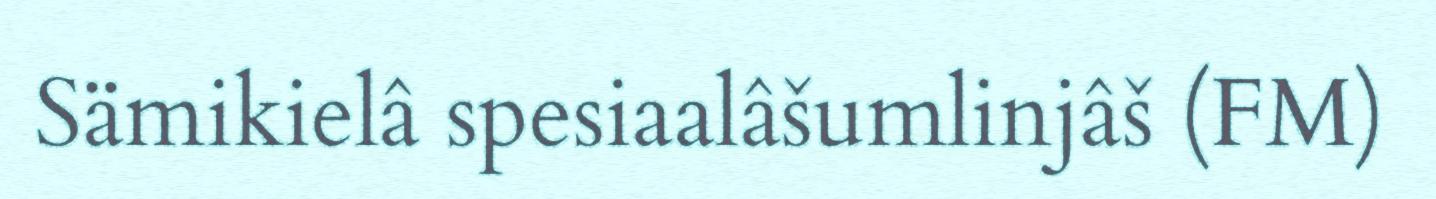
Sämikielâ spesiaalâšumlinjâš (FM)